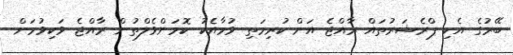
ބޭރުގެ އެކި ޕްރެޝަރުތައް ރާއްޖެ އަށް ކުރިމަތި ވުމާއެކު ކޮމަންވެލްތުން ރާއްޖެ ވަކިވުމަށް